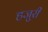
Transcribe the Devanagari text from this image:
हजुरी